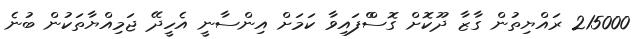
215000 ރައްޔިތުން ގާޒާ ދޫކޮށް ގޮސްްފައިވާ ކަމަށް އިންސާނީ އެހީދޭ ޖަމިއްޔާތަކުން ބުނެ